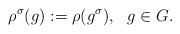
LaTeX: \begin{align*}\rho^{\sigma}(g) := \rho (g^{\sigma}), \ \ g \in G.\end{align*}